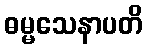
ဓမ္မသေနာပတိ